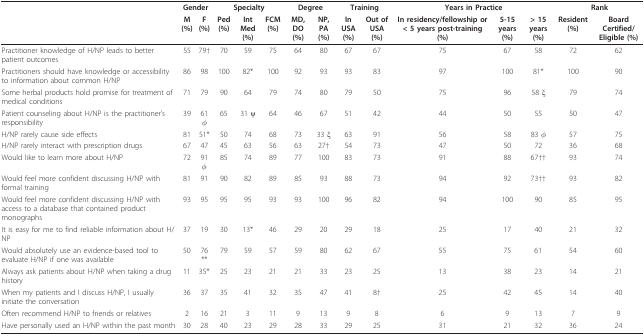
<table><thead><tr><td></td><td colspan="2"><b>Gender</b></td><td colspan="3"><b>Specialty</b></td><td colspan="2"><b>Degree</b></td><td colspan="2"><b>Training</b></td><td colspan="3"><b>Years in Practice</b></td><td colspan="2"><b>Rank</b></td></tr><tr><td></td><td><b>M (%)</b></td><td><b>F (%)</b></td><td><b>Ped (%)</b></td><td><b>Int Med (%)</b></td><td><b>FCM (%)</b></td><td><b>MD, DO (%)</b></td><td><b>NP, PA (%)</b></td><td><b>In USA (%)</b></td><td><b>Out of USA (%)</b></td><td><b>In residency/fellowship or &lt; 5 years post-training (%)</b></td><td><b>5-15 years (%)</b></td><td><b>&gt; 15 years (%)</b></td><td><b>Resident (%)</b></td><td><b>Board Certified/Eligible (%)</b></td></tr></thead><tbody><tr><td>Practitioner knowledge of H/NP leads to better patient outcomes</td><td>55</td><td>79†</td><td>70</td><td>59</td><td>75</td><td>64</td><td>80</td><td>67</td><td>67</td><td>75</td><td>67</td><td>58</td><td>72</td><td>62</td></tr><tr><td>Practitioners should have knowledge or accessibility to information about common H/NP</td><td>86</td><td>98</td><td>100</td><td>82*</td><td>100</td><td>92</td><td>93</td><td>93</td><td>83</td><td>97</td><td>100</td><td>81*</td><td>100</td><td>90</td></tr><tr><td>Some herbal products hold promise for treatment of medical conditions</td><td>71</td><td>79</td><td>90</td><td>64</td><td>79</td><td>74</td><td>80</td><td>79</td><td>50</td><td>75</td><td>96</td><td>58 ξ</td><td>79</td><td>74</td></tr><tr><td>Patient counseling about H/NP is the practitioner&#x27;s responsibility</td><td>39</td><td>61 φ</td><td>65</td><td>31 ψ</td><td>64</td><td>46</td><td>67</td><td>51</td><td>42</td><td>44</td><td>50</td><td>55</td><td>50</td><td>47</td></tr><tr><td>H/NP rarely cause side effects</td><td>81</td><td>51*</td><td>50</td><td>74</td><td>68</td><td>73</td><td>33 ξ</td><td>63</td><td>91</td><td>56</td><td>58</td><td>83 φ</td><td>57</td><td>75</td></tr><tr><td>H/NP rarely interact with prescription drugs</td><td>67</td><td>47</td><td>45</td><td>63</td><td>56</td><td>63</td><td>27†</td><td>54</td><td>73</td><td>47</td><td>50</td><td>72</td><td>36</td><td>68</td></tr><tr><td>Would like to learn more about H/NP</td><td>72</td><td>91 φ</td><td>85</td><td>74</td><td>89</td><td>77</td><td>100</td><td>83</td><td>73</td><td>91</td><td>88</td><td>67††</td><td>93</td><td>74</td></tr><tr><td>Would feel more confident discussing H/NP with formal training</td><td>81</td><td>91</td><td>90</td><td>82</td><td>89</td><td>85</td><td>93</td><td>88</td><td>73</td><td>94</td><td>92</td><td>73††</td><td>93</td><td>82</td></tr><tr><td>Would feel more confident discussing H/NP with access to a database that contained product monographs</td><td>93</td><td>95</td><td>95</td><td>95</td><td>93</td><td>93</td><td>100</td><td>96</td><td>82</td><td>94</td><td>100</td><td>90</td><td>85</td><td>95</td></tr><tr><td>It is easy for me to find reliable information about H/NP</td><td>37</td><td>19</td><td>30</td><td>13*</td><td>46</td><td>29</td><td>20</td><td>29</td><td>18</td><td>25</td><td>17</td><td>40</td><td>21</td><td>32</td></tr><tr><td>Would absolutely use an evidence-based tool to evaluate H/NP if one was available</td><td>50</td><td>76 **</td><td>79</td><td>59</td><td>57</td><td>59</td><td>80</td><td>62</td><td>67</td><td>55</td><td>75</td><td>61</td><td>54</td><td>60</td></tr><tr><td>Always ask patients about H/NP when taking a drug history</td><td>11</td><td>35*</td><td>25</td><td>23</td><td>21</td><td>21</td><td>33</td><td>23</td><td>25</td><td>13</td><td>38</td><td>23</td><td>14</td><td>21</td></tr><tr><td>When my patients and I discuss H/NP, I usually initiate the conversation</td><td>36</td><td>37</td><td>35</td><td>41</td><td>32</td><td>35</td><td>47</td><td>41</td><td>8†</td><td>25</td><td>42</td><td>45</td><td>14</td><td>40</td></tr><tr><td>Often recommend H/NP to friends or relatives</td><td>2</td><td>16</td><td>21</td><td>3</td><td>11</td><td>9</td><td>13</td><td>9</td><td>8</td><td>6</td><td>9</td><td>13</td><td>7</td><td>9</td></tr><tr><td>Have personally used an H/NP within the past month</td><td>30</td><td>28</td><td>40</td><td>23</td><td>29</td><td>28</td><td>33</td><td>29</td><td>25</td><td>31</td><td>21</td><td>32</td><td>36</td><td>24</td></tr></tbody></table>